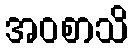
အဝစာသိ